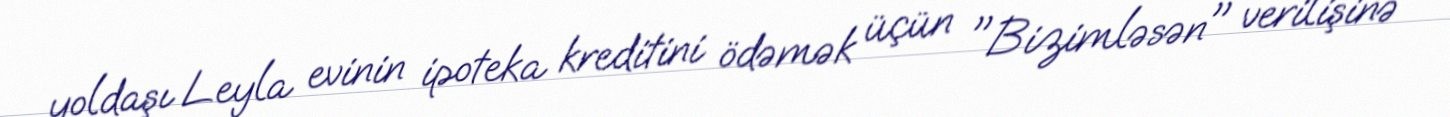
yoldaşı Leyla evinin ipoteka kreditini ödəmək üçün "Bizimləsən" verilişinə